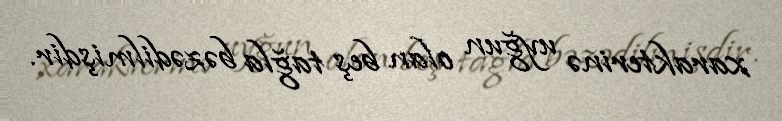
xarakterinə uyğun olan beş tağla bəzədilmişdir.